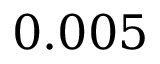
0 . 0 0 5